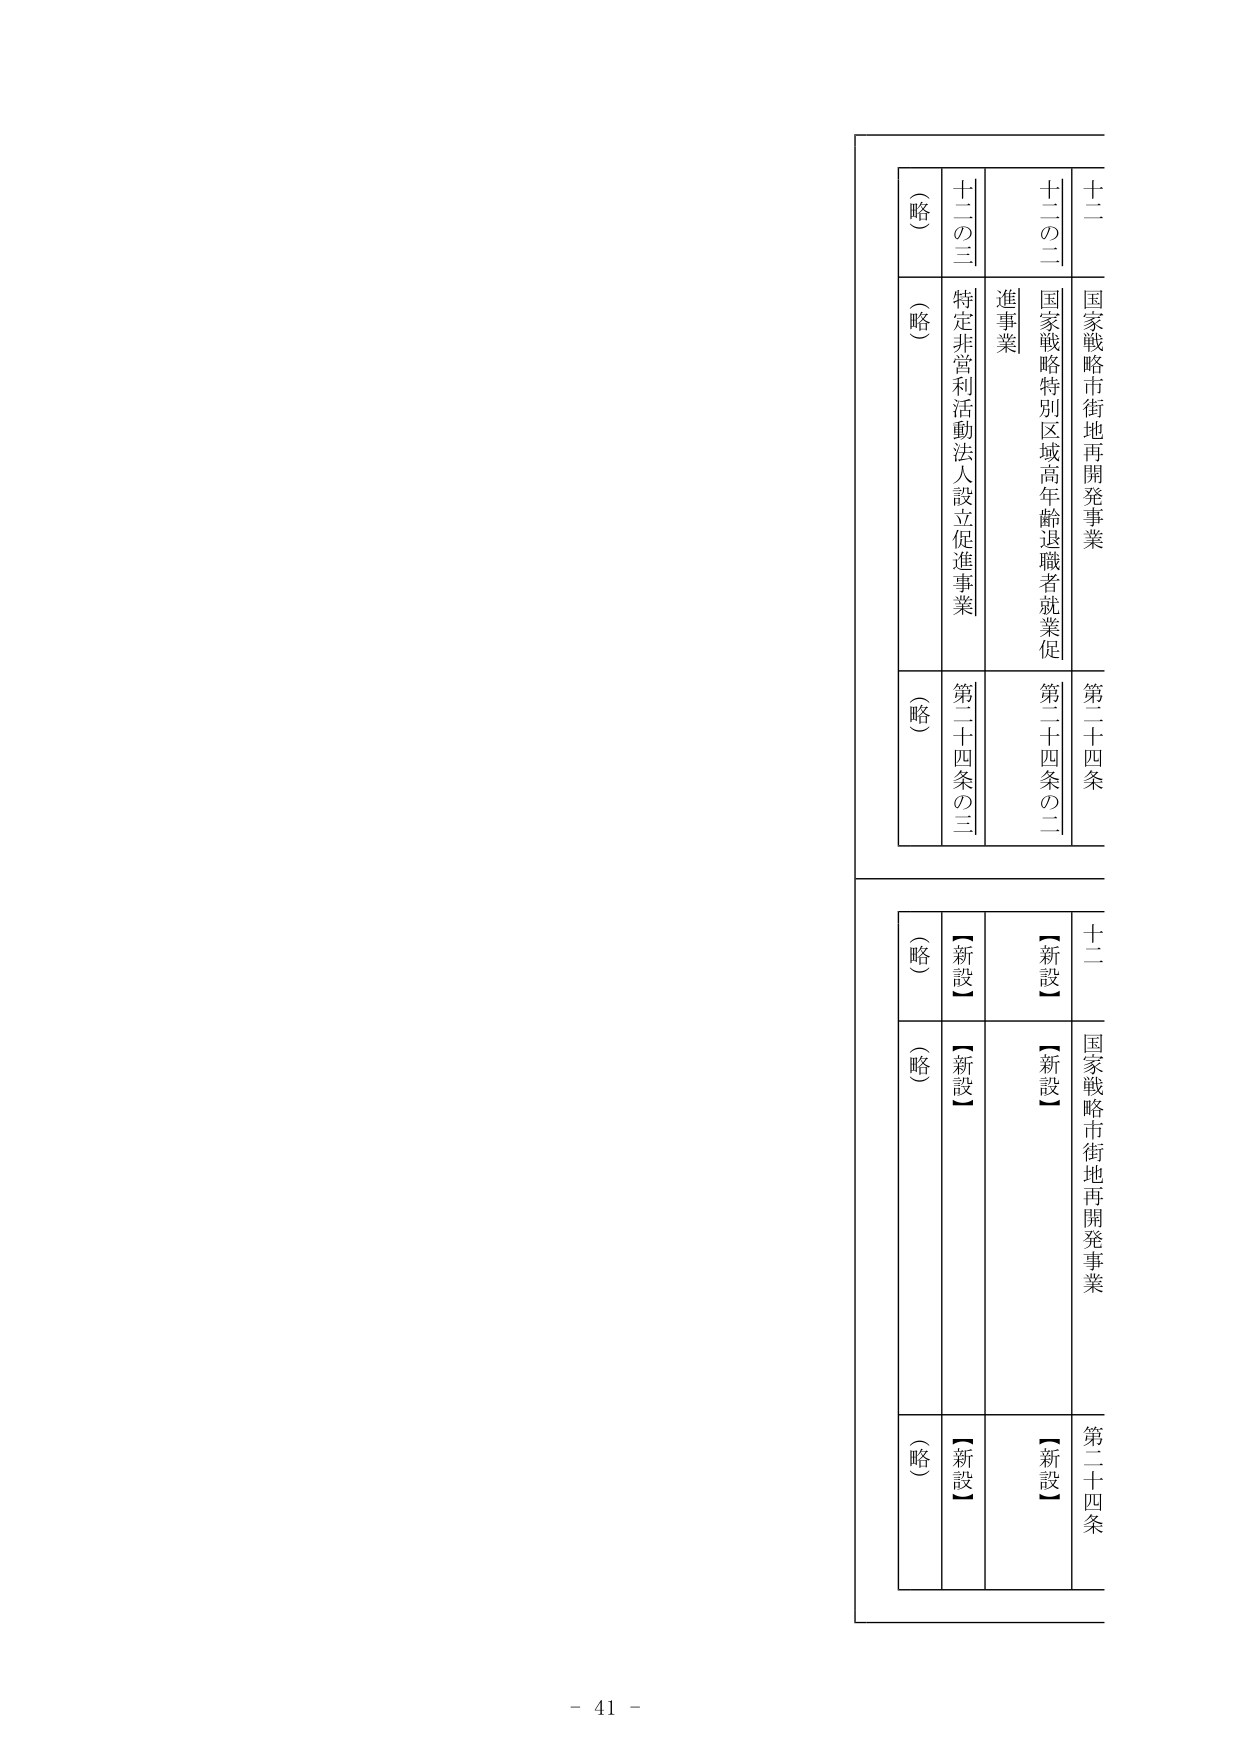
十二
国家戦略市街地再開発事業
第二十四条

十二の二
国家戦略特別区域高年齢退職者就業促進事業
第二十四条の二

十二の三
特定非営利活動法人設立促進事業
第二十四条の三

（略）
（略）
（略）

十二
国家戦略市街地再開発事業
第二十四条

（略）
【新設】
【新設】

（略）
【新設】
【新設】

（略）
【新設】
【新設】

- 41 -